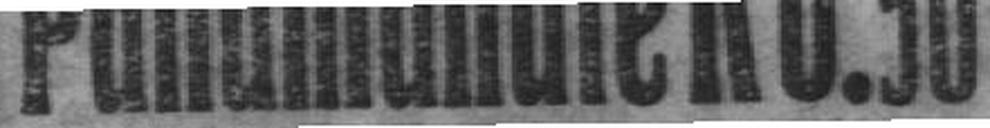
Panamahüte K 8.50